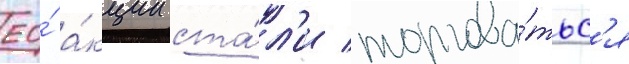
ео́ а́кции ста́л'и торгова́тьс'я